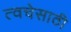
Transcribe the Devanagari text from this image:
त्वचेसाठी